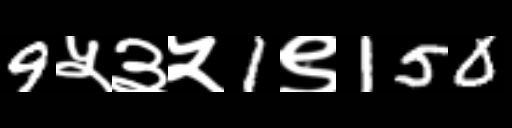
Text: 9५३५1९150